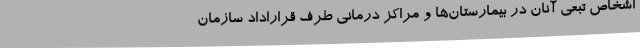
اشخاص تبعی آنان در بیمارستان‌ها و مراکز درمانی طرف قراراداد سازمان